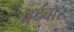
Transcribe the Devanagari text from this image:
बुर्दवार